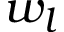
w _ { l }